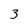
Character: 3